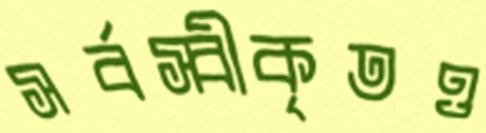
সর্বস্বীকৃতও